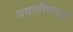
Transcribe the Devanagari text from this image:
ययातीपासून